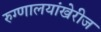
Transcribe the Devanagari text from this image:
रुग्णालयांखेरीज